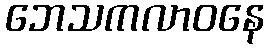
ဘေသကလာဝနေ